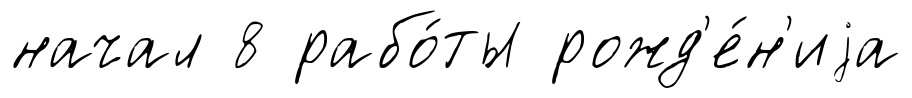
начал 8 рабо́ты рожд'е́н'иjа